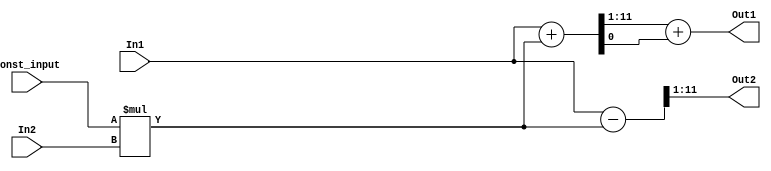
// -------------------------------------------------------------
// 
// 
// Generated by MATLAB 9.4 and HDL Coder 3.12
// 
// -------------------------------------------------------------


// -------------------------------------------------------------
// 
// Module: ThirdStageB_26
// Source Path: FFTscheme2/FFTv2/Butterflies/128 input 3 step /ThirdStageB 26
// Hierarchy Level: 3
// 
// -------------------------------------------------------------

`timescale 1 ns / 1 ns

module ThirdStageB_26
          (In1,
           In2,
           Const_input,
           Out1,
           Out2);


  input   signed [10:0] In1;  // sfix11_En4
  input   signed [10:0] In2;  // sfix11_En4
  input   signed [1:0] Const_input;  // sfix2
  output  signed [10:0] Out1;  // sfix11_En3
  output  signed [10:0] Out2;  // sfix11_En3


  wire signed [12:0] Product_mul_temp;  // sfix13_En4
  wire signed [10:0] Product_out1;  // sfix11_En4
  wire signed [11:0] Sum_add_cast;  // sfix12_En4
  wire signed [11:0] Sum_add_cast_1;  // sfix12_En4
  wire signed [11:0] Sum_add_temp;  // sfix12_En4
  wire signed [10:0] Sum_out1;  // sfix11_En3
  wire signed [11:0] Sum1_sub_cast;  // sfix12_En4
  wire signed [11:0] Sum1_sub_cast_1;  // sfix12_En4
  wire signed [11:0] Sum1_sub_temp;  // sfix12_En4
  wire signed [10:0] Sum1_out1;  // sfix11_En3


  assign Product_mul_temp = Const_input * In2;
  assign Product_out1 = Product_mul_temp[10:0];



  assign Sum_add_cast = {In1[10], In1};
  assign Sum_add_cast_1 = {Product_out1[10], Product_out1};
  assign Sum_add_temp = Sum_add_cast + Sum_add_cast_1;
  assign Sum_out1 = Sum_add_temp[11:1] + $signed({1'b0, Sum_add_temp[0]});



  assign Out1 = Sum_out1;

  assign Sum1_sub_cast = {In1[10], In1};
  assign Sum1_sub_cast_1 = {Product_out1[10], Product_out1};
  assign Sum1_sub_temp = Sum1_sub_cast - Sum1_sub_cast_1;
  assign Sum1_out1 = Sum1_sub_temp[11:1];



  assign Out2 = Sum1_out1;

endmodule  // ThirdStageB_26